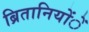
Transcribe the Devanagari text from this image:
ब्रितानियोंें